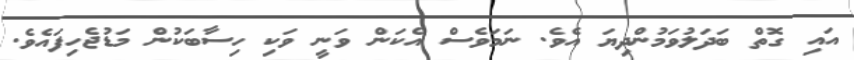
އައި ގޮތް ބަދަލުވަމުންދިޔަ އެވެ. ނަމަވެސް އެކަން ވަނީ ވަކި ހިސާބަކުން މަޑުޖެހިފައެވެ.